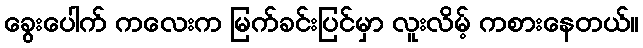
ခွေးပေါက် ကလေးက မြက်ခင်းပြင်မှာ လူးလိမ့် ကစားနေတယ်။